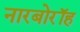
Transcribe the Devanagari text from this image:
नारबोरॉह